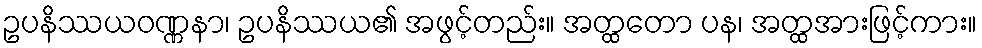
ဥပနိဿယဝဏ္ဏနာ၊ ဥပနိဿယ၏ အဖွင့်တည်း။ အတ္ထတော ပန၊ အတ္ထအားဖြင့်ကား။